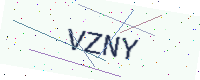
Text: VZNY